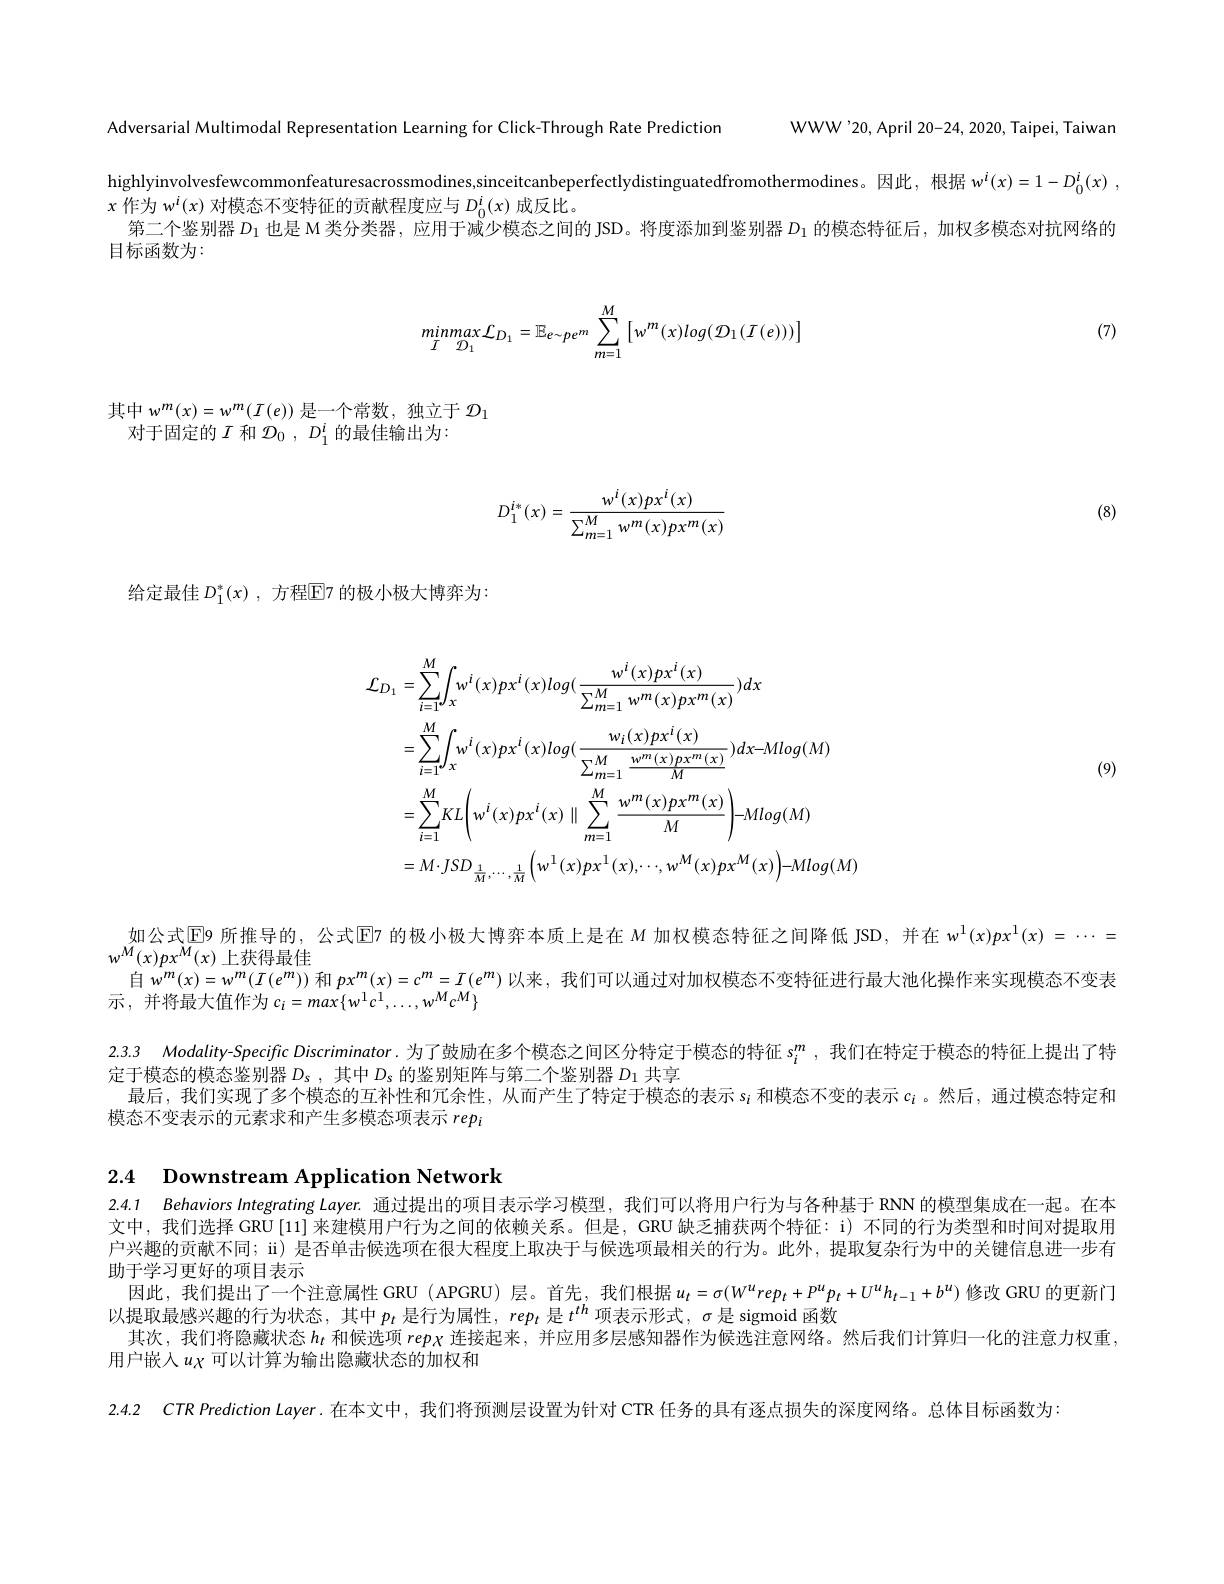
Adversarial Multimodal Representation Learning for Click-Through Rate Prediction

WWW'20, April 20-24, 2020, Taipei, Taiwan

highlyinvolvesfewcommonfeaturesacrossmodines,sinceitcanbeperfectlydistinguatedfromothermodines。因此，根据$w^i( x) = 1- D_0^i( x)$ ,
$x$ 作 为 $w^i( x)$对模态不变特征的贡献程度应与$D_0^i(x)$成反比。
第二个鉴别器$D_1$也是 M 类分类器，应用于减少模态之间的 JSD。将度添加到鉴别器$D_{1}$的模态特征后，加权多模态对抗网络的
目标函数为：
$$minmax\mathcal{L}_{D_1}=\mathbb{E}_{e\sim pe^m}\sum_{m=1}^{M}\left[w^m(x)log(\mathcal{D}_1(\mathcal{I}(e)))\right]$$
(7)

其中$w^m(x)=w^{m}(I(e))$ 是一个常数，独立于 $\mathcal{D}_1$
对于固定的$I$和$\mathcal{D}_0,D_1^i$的最佳输出为：

(8)
$$D_1^{i*}(x)=\frac{w^i(x)px^i(x)}{\sum_{m=1}^Mw^m(x)px^m(x)}$$
给定最佳 $D_1^*(x)$, 方程$\mathbb{E}$7 的极小极大博弈为：

(9)
$$\begin{aligned}\mathcal{L}_{D_{1}}&=\sum_{i=1}^{M}\int_{x}w^{i}(x)px^{i}(x)log(\frac{w^{i}(x)px^{i}(x)}{\sum_{m=1}^{M}w^{m}(x)px^{m}(x)})dx\\&=\sum_{i=1}^{M}\int_{x}w^{i}(x)px^{i}(x)log(\frac{w_{i}(x)px^{i}(x)}{\sum_{m=1}^{M}\frac{w^{m}(x)px^{m}(x)}{M}})dx-Mlog(M)\\&=\sum_{i=1}^{M}KL\biggl(w^{i}(x)px^{i}(x)\parallel\sum_{m=1}^{M}\frac{w^{m}(x)px^{m}(x)}{M}\biggr)-Mlog(M)\\&=M\cdot JSD_{\frac{1}{M},\cdots,\frac{1}{M}}\biggl(w^{1}(x)px^{1}(x),\cdots,w^{M}(x)px^{M}(x)\biggr)-Mlog(M)\end{aligned}$$
如公式$\overline{\mathrm{E}}$9 所推导的，公式$\overline{\mathrm{E}}$7 的极小极大博弈本质上是在 $M$ 加权模态特征之间降低 JSD,并在 $w^1(x)px^1(x)=\cdots=$
$w^{\dot{M}}(x)px^{\dot{M}}(x)$上获得最佳
自$w^m(x)=w^m(I(e^m))$和$px^m(x)=c^m=I(e^m)$以来，我们可以通过对加权模态不变特征进行最大池化操作来实现模态不变表
示，并将最大值作为$c_i=max\{w^{1}c^{1},\ldots,w^{M}c^{M}\}$
2.3.3 Modality-Specific Discriminator.为了鼓励在多个模态之间区分特定于模态的特征$s_i^m$ ,我们在特定于模态的特征上提出了特
定于模态的模态鉴别器$D_\mathrm{s}$ ,其中$D_\mathrm{s}$的鉴别矩阵与第二个鉴别器$D_{1}$共享
最后，我们实现了多个模态的互补性和冗余性，从而产生了特定于模态的表示$s_i$和模态不变的表示$c_\mathrm{i}$ 。然后，通过模态特定和
模态不变表示的元素求和产生多模态项表示$rep_i$

2.4 $\textbf{Downstream Application Network}$

2.4.1 Behaviors Integrating Layer. 通过提出的项目表示学习模型，我们可以将用户行为与各种基于 RNN 的模型集成在一起。在本文中，我们选择 GRU[11]来建模用户行为之间的依赖关系。但是，GRU 缺乏捕获两个特征：i)不同的行为类型和时间对提取用户兴趣的贡献不同；ü) 是否单击候选项在很大程度上取决于与候选项最相关的行为。此外，提取复杂行为中的关键信息进一步有助于学习更好的项目表示
因此，我们提出了一个注意属性 GRU (APGRU) 层。首先，我们根据$u_t=\sigma(W^urep_t+P^up_t+U^uh_{t-1}+b^u)$修改 GRU 的更新门
以提取最感兴趣的行为状态，其中$p_t$是行为属性，$rep_t$是$t^{th}$项表示形式，$\sigma$是 sigmoid 函数
其次，我们将隐藏状态$h_\mathrm{\iota}$和候选项 rep$\chi$连接起来，并应用多层感知器作为候选注意网络。然后我们计算归一化的注意力权重，
用户嵌入$u_X$可以计算为输出隐藏状态的加权和
2.4.2 CTR Prediction Layer.在本文中，我们将预测层设置为针对 CTR 任务的具有逐点损失的深度网络。总体目标函数为